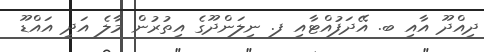
ދިއްދޫ އާއި ބ. އޭދަފުއްޓާއި ފ. ނިލަންދޫގެ އިތުރުން މާލެ އަދި އައްޑޫ